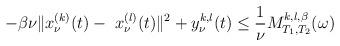
LaTeX: \begin{align*}-\beta \nu \|x_\nu ^{(k)}(t)-\ x_\nu ^{(l)}(t)\|^2+y_\nu^{k,l}(t)\leq \frac 1\nu M_{T_1,T_2}^{k,l,\beta }(\omega)\end{align*}